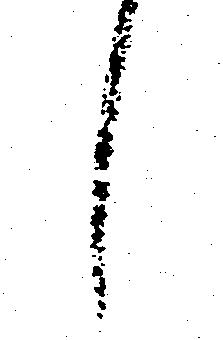
し